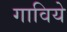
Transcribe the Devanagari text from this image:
गाविये